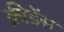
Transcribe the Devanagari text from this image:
क्रीडेंस